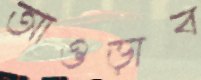
আওড়াব